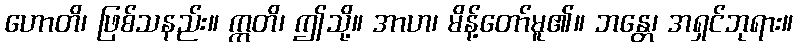
ဟောတိ၊ ဖြစ်သနည်း။ ဣတိ၊ ဤသို့။ အာဟ၊ မိန့်တော်မူ၏။ ဘန္တေ၊ အရှင်ဘုရား။